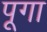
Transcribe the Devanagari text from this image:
पूगा